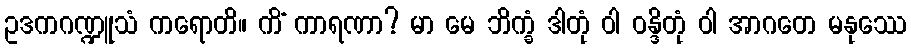
ဥဒကဂဏ္ဍူသံ ကရောတိ။ ကိံ ကာရဏာ? မာ မေ ဘိက္ခံ ဒါတုံ ဝါ ဝန္ဒိတုံ ဝါ အာဂတေ မနုဿေ